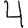
Digit: 4